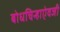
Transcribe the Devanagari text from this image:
बोधचिन्हाऐवजी